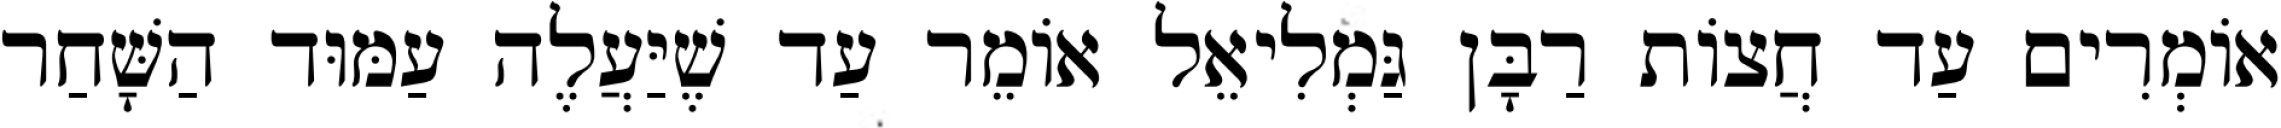
אוֹמְרִים עַד חֲצוֹת רַבָּן גַּמְלִיאֵל אוֹמֵר עַד שֶׁיַּעֲלֶה עַמּוּד הַשָּׁחַר